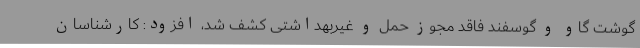
گوشت گاو و گوسفند فاقد مجوز حمل و غیربهداشتی کشف شد، افزود: کارشناسان